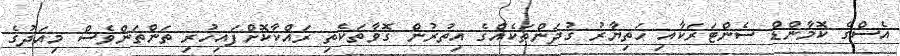
އެސްގެ ކޮމާންޑް ސެންޓަރަކާއި ހަތިޔާރު ގުދަންތަކެއްގެ އިތުރުން ގޮވާތަކެތި ރައްކާކޮށްފައިހުރި ތަންތަންވެސް މިއަދުގެ